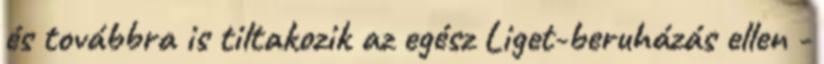
és továbbra is tiltakozik az egész Liget-beruházás ellen -